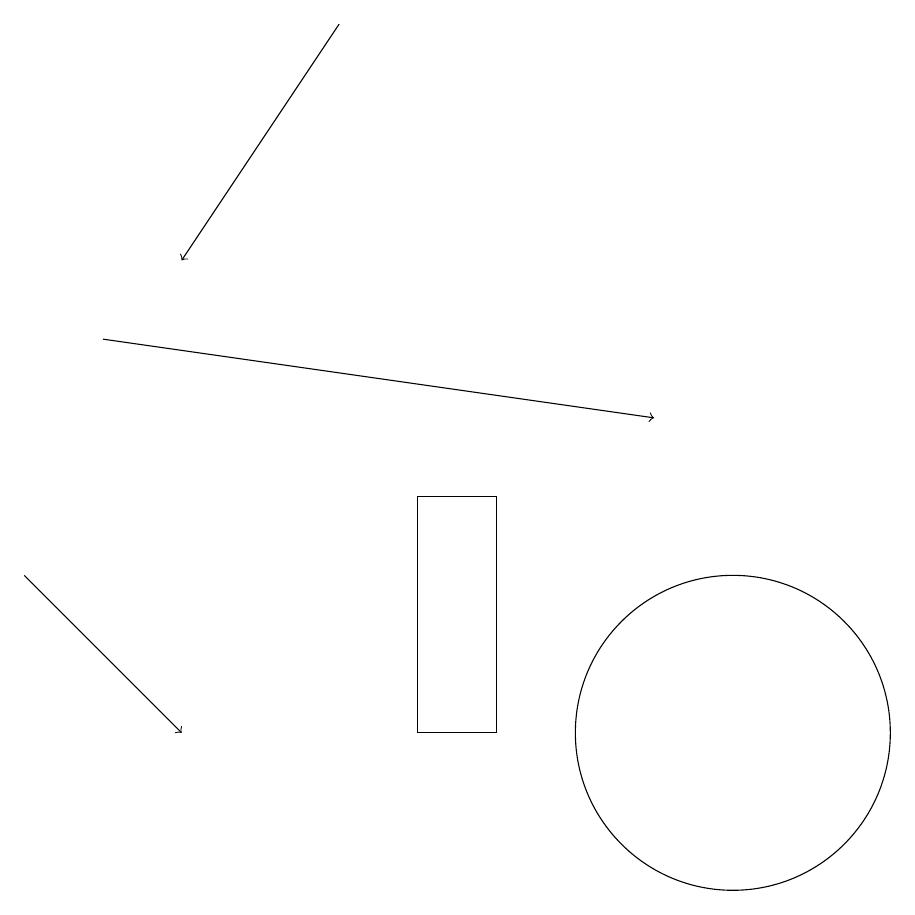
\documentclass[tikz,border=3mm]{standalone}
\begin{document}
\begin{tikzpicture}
\draw[->] (5,19) -- (3,16);
\draw (10,10) circle (2);
\draw[->] (2,15) -- (9,14);
\draw[->] (1,12) -- (3,10);
\draw (6,13) rectangle (7,10);
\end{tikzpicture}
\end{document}